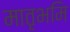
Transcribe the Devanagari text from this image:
मातृभमि